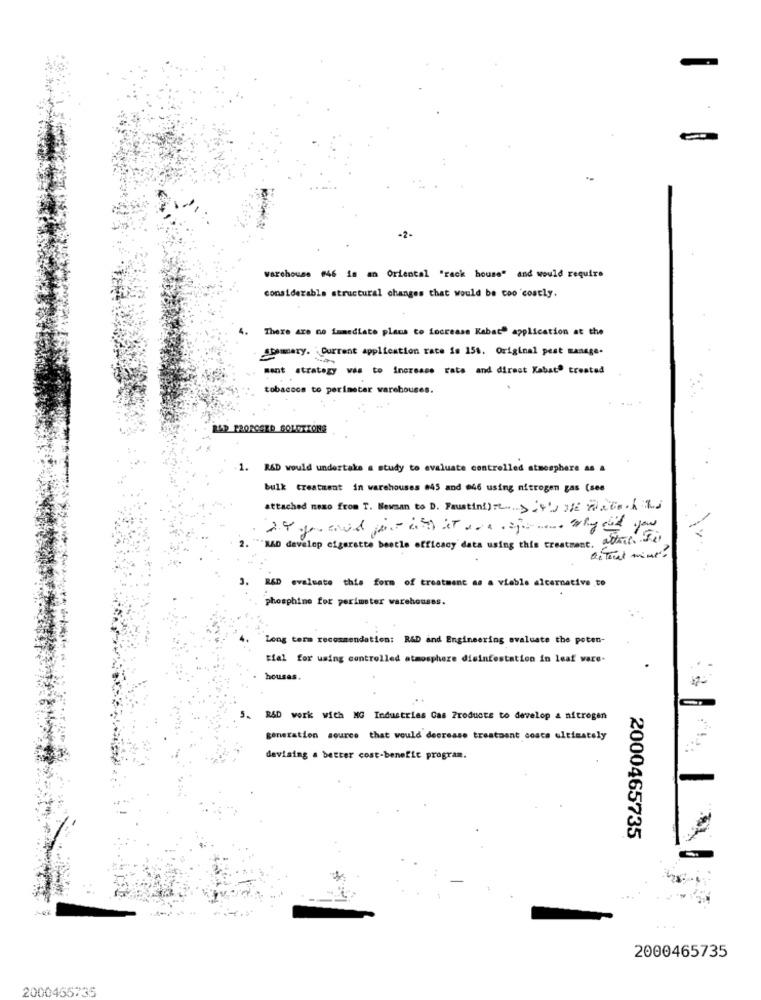
-2-
warehouse #46 is an Oriental "rack house" and would require
considerable structural changes that would be coo costly.
There are no immediate plans to increase Kabad" application at the
Demary. Current application rate is 150. Original pest manage-
ment strategy was to Increase rate and direct Kabat" treated
tobaccos to perimeter warehouses.
R&D FROROSED SOLUTIONS
1. R&D would undertake a study to evaluate controlled atmosphere as &
bulk treatment in warehouses #45 and 046 using nitrogen gas (see
attached news from T. Newman to D. Faustini)re Dirige Date.kas
2."
"RAD develop cigarette beetle efficacy data using this treatment, attert. se
3.
R&D evaluate this form of treatment as a viable alternative to
phosphine for perimeter warehouses.
Long term recommendation: R&D and Engineering evaluate the poten-
tial for using controlled atmosphere disinfestation in leaf vare-
houses.
5. R&D work with MG Industrias Cas Products to develop a nitrogen
generation source that would decrease treatment costs ultimately
devising a better cost-benefit program.
2000465735
2000465735
2000455735